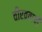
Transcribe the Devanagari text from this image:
वीरव्रताची